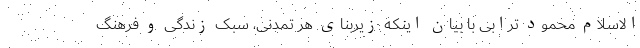
الاسلام محمود ترابی با بیان اینکه زیربنای هر تمدنی، سبک زندگی و فرهنگ